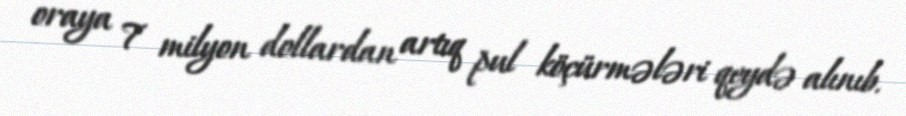
oraya 7 milyon dollardan artıq pul köçürmələri qeydə alınıb.